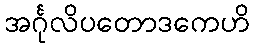
အင်္ဂုလိပတောဒကေဟိ